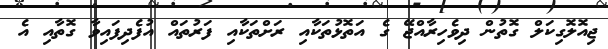
ޖިއޮލޮގިކަލް ގޮތުން ދިވެހިރާއްޖޭ ގެ އަތޮޅުތަކާއި ރަށްތަކާއި ފަރުތައް އުފެދިފައިވާ ގޮތާއި އެ